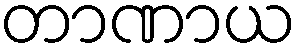
တာဏာယ